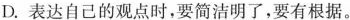
D. 表达自己的观点时，要简洁明了，要有根据。